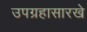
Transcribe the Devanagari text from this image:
उपग्रहासारखे